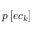
p \left[ e c _ { k } \right]